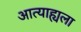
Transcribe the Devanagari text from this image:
आत्याह्यला